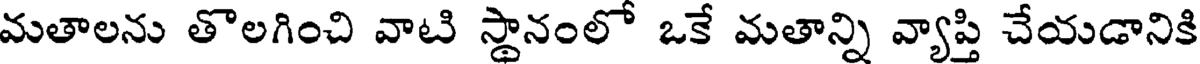
మతాలను తొలగించి వాటి స్థానంలో ఒకే మతాన్ని వ్యాప్తి చేయడానికి